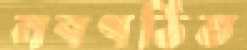
নবগঠিত